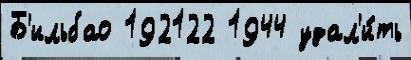
Б'ильбао 192122 1944 удал'и́ть